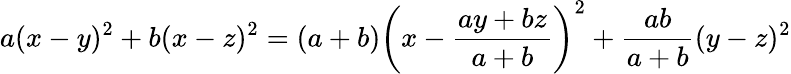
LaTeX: a(x-y)^{2}+b(x-z)^{2}=(a+b)\left(x-{\frac{ay+bz}{a+b}}\right)^{2}+{\frac{ab}{a+b}}(y-z)^{2}